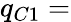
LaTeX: q_{C1}=